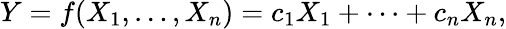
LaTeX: Y=f(X_{1},\dots,X_{n})=c_{1}X_{1}+\cdots+c_{n}X_{n},